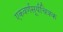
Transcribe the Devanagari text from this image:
एकवर्णसूर्यचित्रक